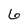
Character: 6